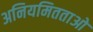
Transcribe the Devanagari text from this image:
अनियमितताओ